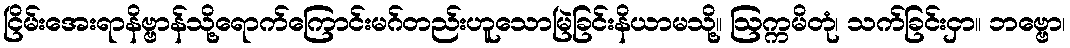
ငြိမ်းအေးရာနိဗ္ဗာန်သို့ရောက်ကြောင်းမဂ်တည်းဟူသောမြဲခြင်းနိယာမသို့။ ဩက္ကမိတုံ၊ သက်ခြင်းငှာ။ ဘဗ္ဗော၊